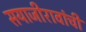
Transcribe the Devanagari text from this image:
सयाजीरावांची